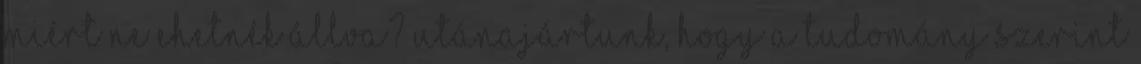
miért ne ehetnék állva? Utánajártunk, hogy a tudomány szerint